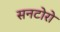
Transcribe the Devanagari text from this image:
सनटोरो